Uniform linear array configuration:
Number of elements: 64
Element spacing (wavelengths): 1
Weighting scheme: kaiser
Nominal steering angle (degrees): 45
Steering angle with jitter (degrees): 46.198
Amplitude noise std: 0.05
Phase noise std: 0.05

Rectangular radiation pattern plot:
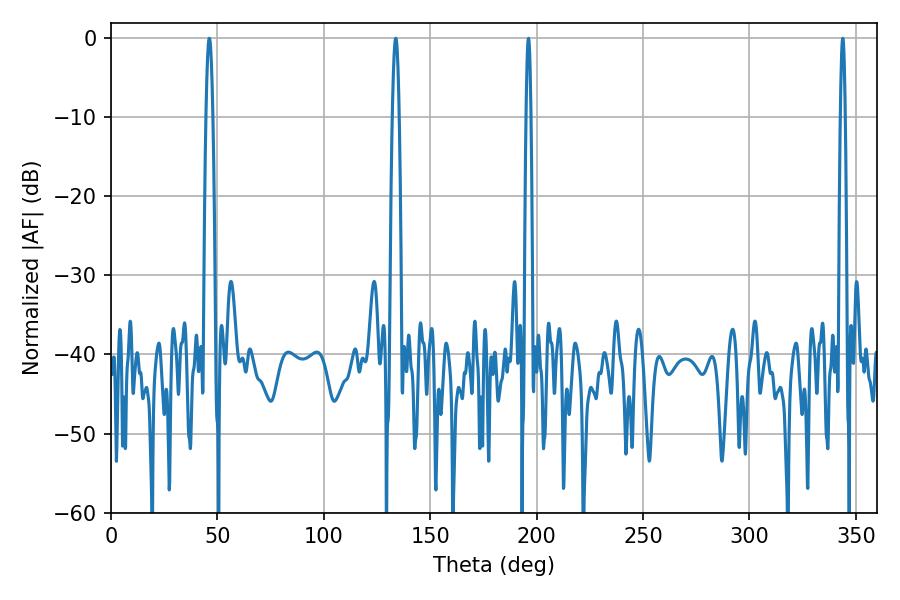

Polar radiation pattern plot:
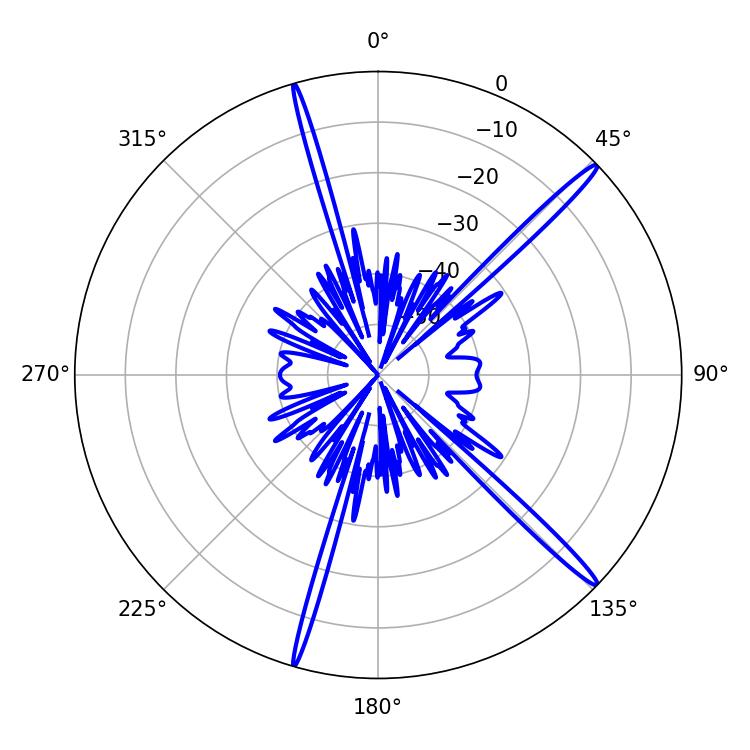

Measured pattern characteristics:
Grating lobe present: TRUE
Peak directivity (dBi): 17.485
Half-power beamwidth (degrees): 1.08
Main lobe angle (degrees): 343.8